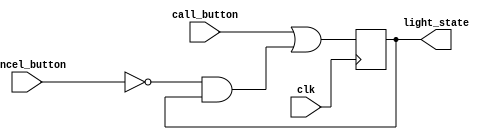
`timescale 1ns / 1ps
//////////////////////////////////////////////////////////////////////////////////
// Company: 
// Engineer: 
// 
// Design Name: 
// Module Name: flight_attendant_call_system_dataflow
// Project Name: 
// Target Devices: 
// Tool Versions: 
// Description: 
// 
// Dependencies: 
// 
// Revision:
// Revision 0.01 - File Created
// Additional Comments:
// 
//////////////////////////////////////////////////////////////////////////////////


module flight_attendant_call_system_dataflow(
    input wire clk,
    input wire call_button,
    input wire cancel_button,
    output reg light_state
    );

wire next_state;

assign next_state = (call_button || (~cancel_button && light_state));

always @(posedge clk) begin
    light_state <= next_state;
end

endmodule